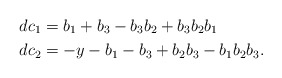
\begin{align*}dc_1 &= b_{1} + b_{3} - b_{3}b_{2}+b_{3}b_{2}b_{1} \\dc_2 &=-y - b_{1} - b_{3} +b_{2}b_{3} - b_{1}b_{2}b_{3}. \end{align*}